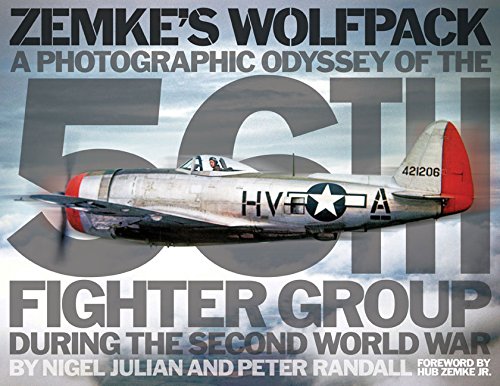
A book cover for Zemke's Wolfpack: A Photographic Odyssey of the 56th Fighter Group During the Second World War; Nigel Julian; History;